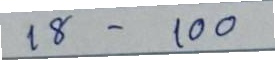
18 - 100